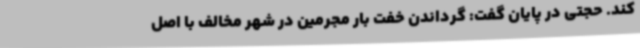
کند. حجتی در پایان گفت: گرداندن خفت بار مجرمین در شهر مخالف با اصل